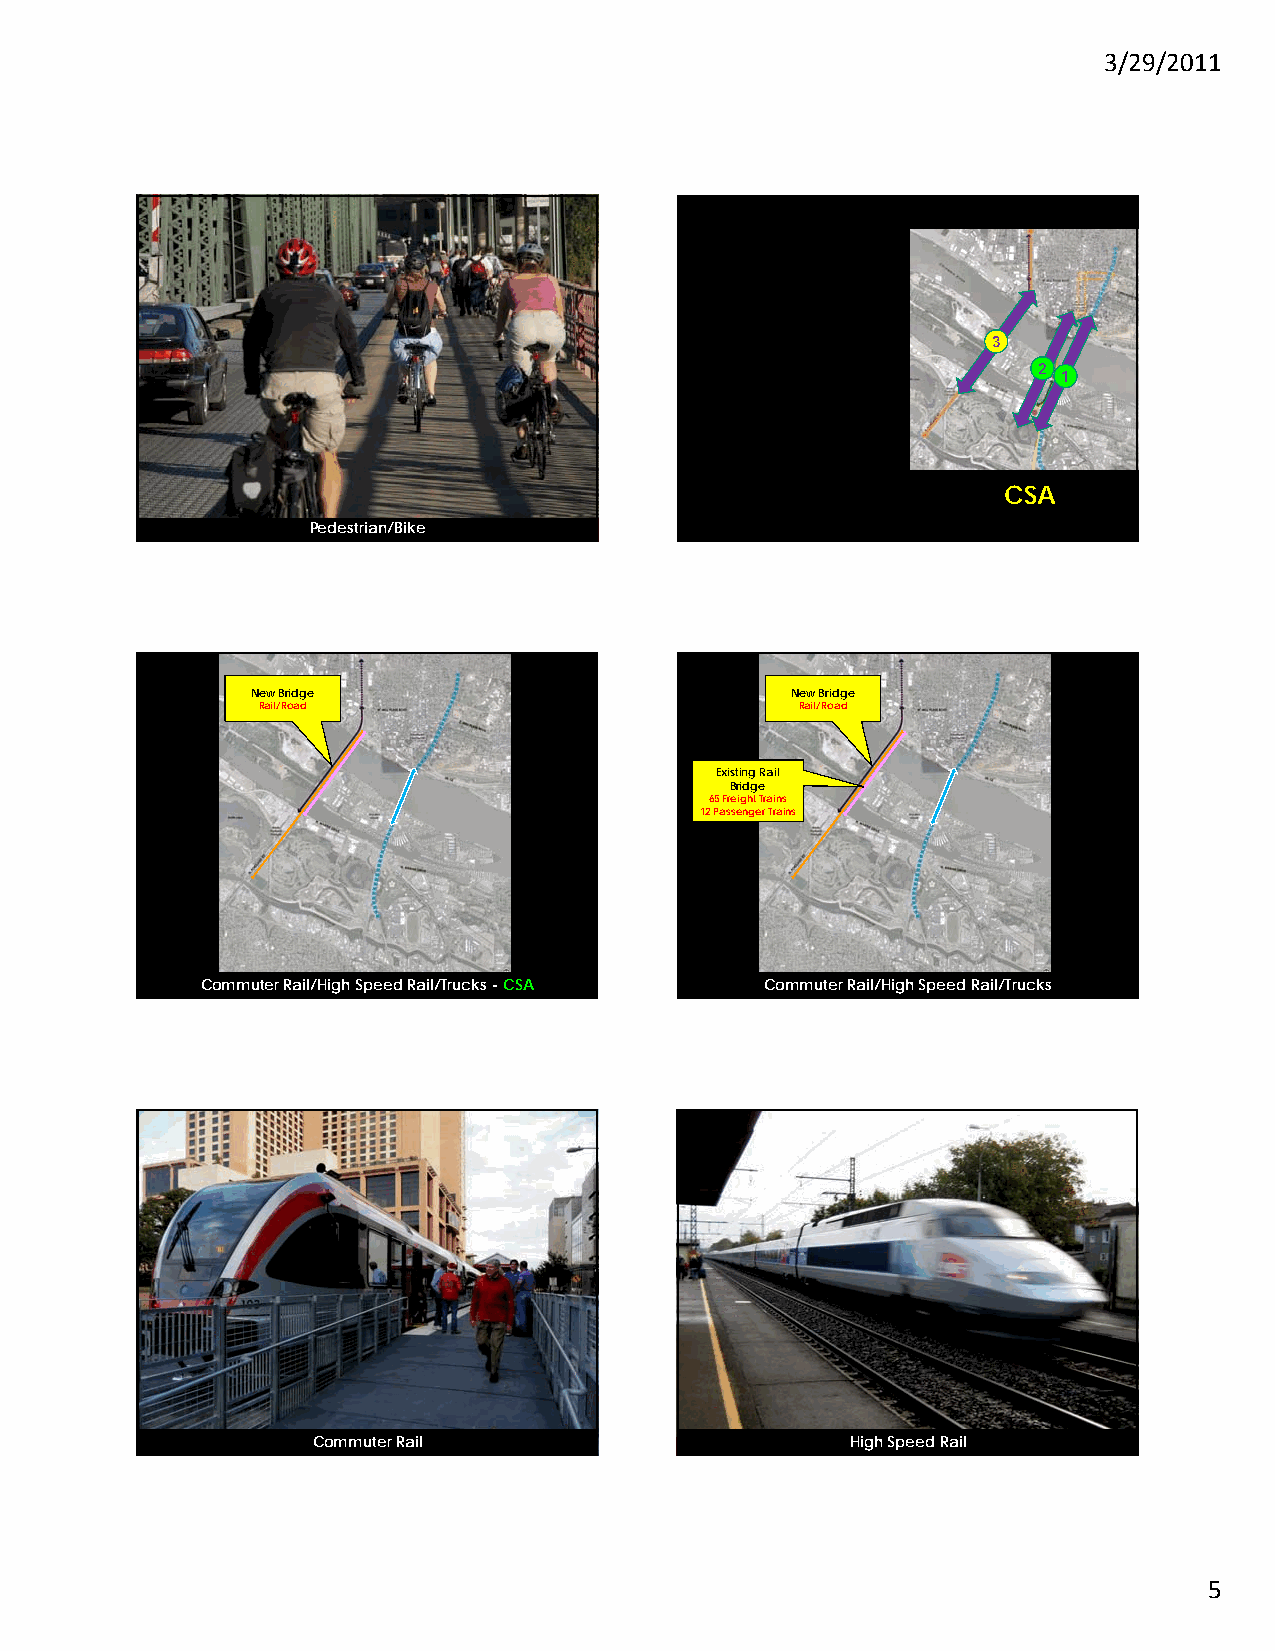
3/29/2011
 3
 22
 1
 CRC            CSA
 Pedestrian/Bike
 New Bridge                         New Bridge
 Rail/Road                           Rail/Road
 Existing Rail
 Bridge
 65 Freight Trains
 12 Passenger Trains
 Commuter Rail/High Speed Rail/Trucks -CSA Commuter Rail/High Speed Rail/Trucks
 Commuter Rail                      High Speed Rail
 5